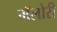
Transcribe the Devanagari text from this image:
मॅलोरी